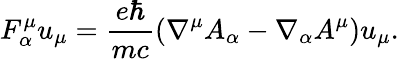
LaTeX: F_{\alpha}^{\mu}u_{\mu}=\frac{e\hbar}{mc}\left(\nabla^{\mu}A_{\alpha}-\nabla_{\alpha}A^{\mu}\right)u_{\mu}.